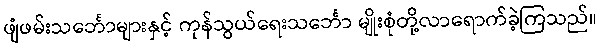
ဖျံဖမ်းသင်္ဘောများနှင့် ကုန်သွယ်ရေးသင်္ဘော မျိုးစုံတို့လာရောက်ခဲ့ကြသည်။